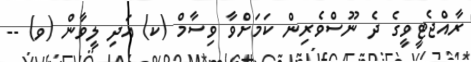
ރާއްޖެޓީވީގެ ދެ ނޫސްވެރިން ކަމަށްވާ ވިސާމް (ކ) އަދި ލީވާން (ވ) --